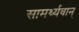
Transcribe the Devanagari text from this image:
सामर्थ्यवान्